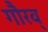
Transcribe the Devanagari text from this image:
गौरव्